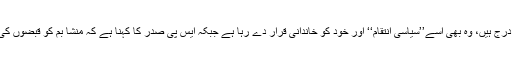
انتہاء یہ کہ جس منشا بم پر 80سے زیادہ ایف آئی آرز درج ہیں، وہ بھی اسے’’سیاسی انتقام‘‘ اور خود کو خاندانی قرار دے رہا ہے جبکہ ایس پی صدر کا کہنا ہے کہ منشا بم کو قبضوں کی جائیدادوں سے ڈیڑھ تا دو کروڑ روپے کرایہ ملتا ہے۔